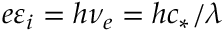
e \varepsilon _ { i } = h \nu _ { e } = h c _ { * } / \lambda